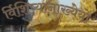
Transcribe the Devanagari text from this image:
र्विशिष्यानाख्येयो